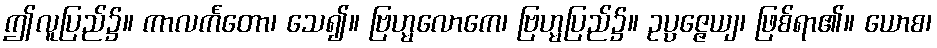
ဤလူပြည်၌။ ကာလင်္ကတော၊ သေ၍။ ဗြဟ္မလောကေ၊ ဗြဟ္မပြည်၌။ ဥပ္ပဇ္ဇေယျ၊ ဖြစ်ရာ၏။ ယောစ၊